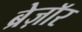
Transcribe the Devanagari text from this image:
ब्रेज़ाॅर